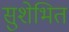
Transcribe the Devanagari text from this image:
सुशेभित